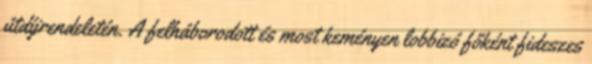
útdíjrendeletén. A felháborodott és most keményen lobbizó főként fideszes